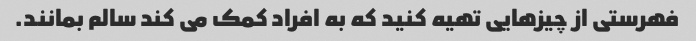
فهرستی از چیزهایی تهیه کنید که به افراد کمک می کند سالم بمانند.